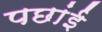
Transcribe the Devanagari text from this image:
पछांई